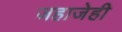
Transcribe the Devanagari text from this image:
जहाजेही